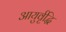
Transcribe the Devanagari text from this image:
आयुर्वृद्धि